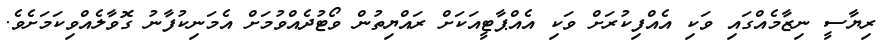
ރިޔާސީ ނިޒާމެއްގައި ވަކި އެއްފިކުރަށް ވަކި އެއްޕާޓީއަކަށް ރައްޔިތުން ވޯޓުދެއްވުމަށް އެމަނިކުފާނު ގޮވާލެއްވިކަމަށެވެ.